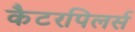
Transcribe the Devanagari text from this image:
कैटरपिलर्स